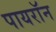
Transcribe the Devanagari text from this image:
पायराॅन